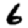
Digit: 6